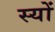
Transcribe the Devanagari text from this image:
स्यों